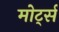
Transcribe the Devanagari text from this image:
मोर्ट्स